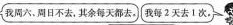
我周六、周日不去，其余每天都去。 我每2天去1次。